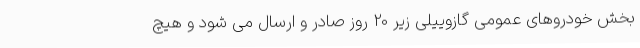
بخش خودروهای عمومی گازوییلی زیر 20 روز صادر و ارسال می شود و هیچ